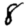
Digit: 8